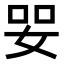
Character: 𡜓